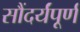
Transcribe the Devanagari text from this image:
सौंदर्यंपूर्ण